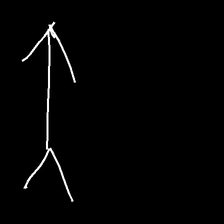
Glyph: gather